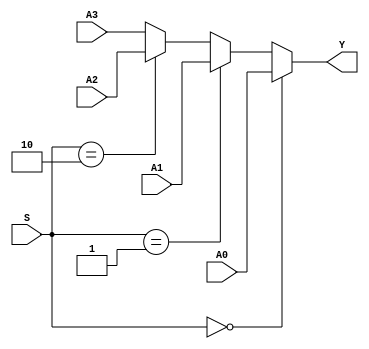
module MUX4X32(A0 , A1, A2, A3, S, Y);
    input [31:0] A0, A1, A2, A3;
    input [1:0] S;
    output [31:0] Y;
    assign Y = (S == 2'b00)? A0 : (S == 2'b01)? A1 :
	             (S == 2'b10)? A2 : A3; 
endmodule